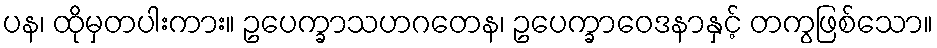
ပန၊ ထိုမှတပါးကား။ ဥပေက္ခာသဟဂတေန၊ ဥပေက္ခာဝေဒနာနှင့် တကွဖြစ်သော။